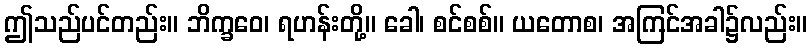
ဤသည်ပင်တည်း။ ဘိက္ခဝေ၊ ရဟန်းတို့။ ခေါ၊ စင်စစ်။ ယတောစ၊ အကြင်အခါ၌လည်း။